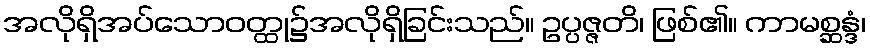
အလိုရှိအပ်သောဝတ္ထု၌အလိုရှိခြင်းသည်။ ဥပ္ပဇ္ဇတိ၊ ဖြစ်၏။ ကာမစ္ဆန္ဒံ၊